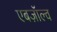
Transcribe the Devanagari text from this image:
एबज़ॉल्व